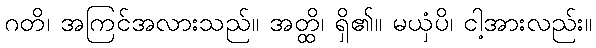
ဂတိ၊ အကြင်အလားသည်။ အတ္ထိ၊ ရှိ၏။ မယှံပိ၊ ငါ့အားလည်း။